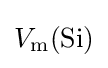
V_{\text{m}}({\text{Si}})